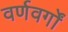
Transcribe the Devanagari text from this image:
वर्णवर्गों